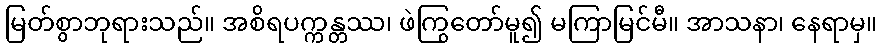
မြတ်စွာဘုရားသည်။ အစိရပက္ကန္တဿ၊ ဖဲကြွတော်မူ၍ မကြာမြင်မီ။ အာသနာ၊ နေရာမှ။